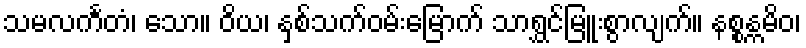
သမလင်္ကတံ၊ သော။ ဝိယ၊ နှစ်သက်ဝမ်းမြောက် သာရွှင်မြူးစွာလျက်။ နစ္စန္ကမိဝ၊